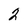
Character: 2